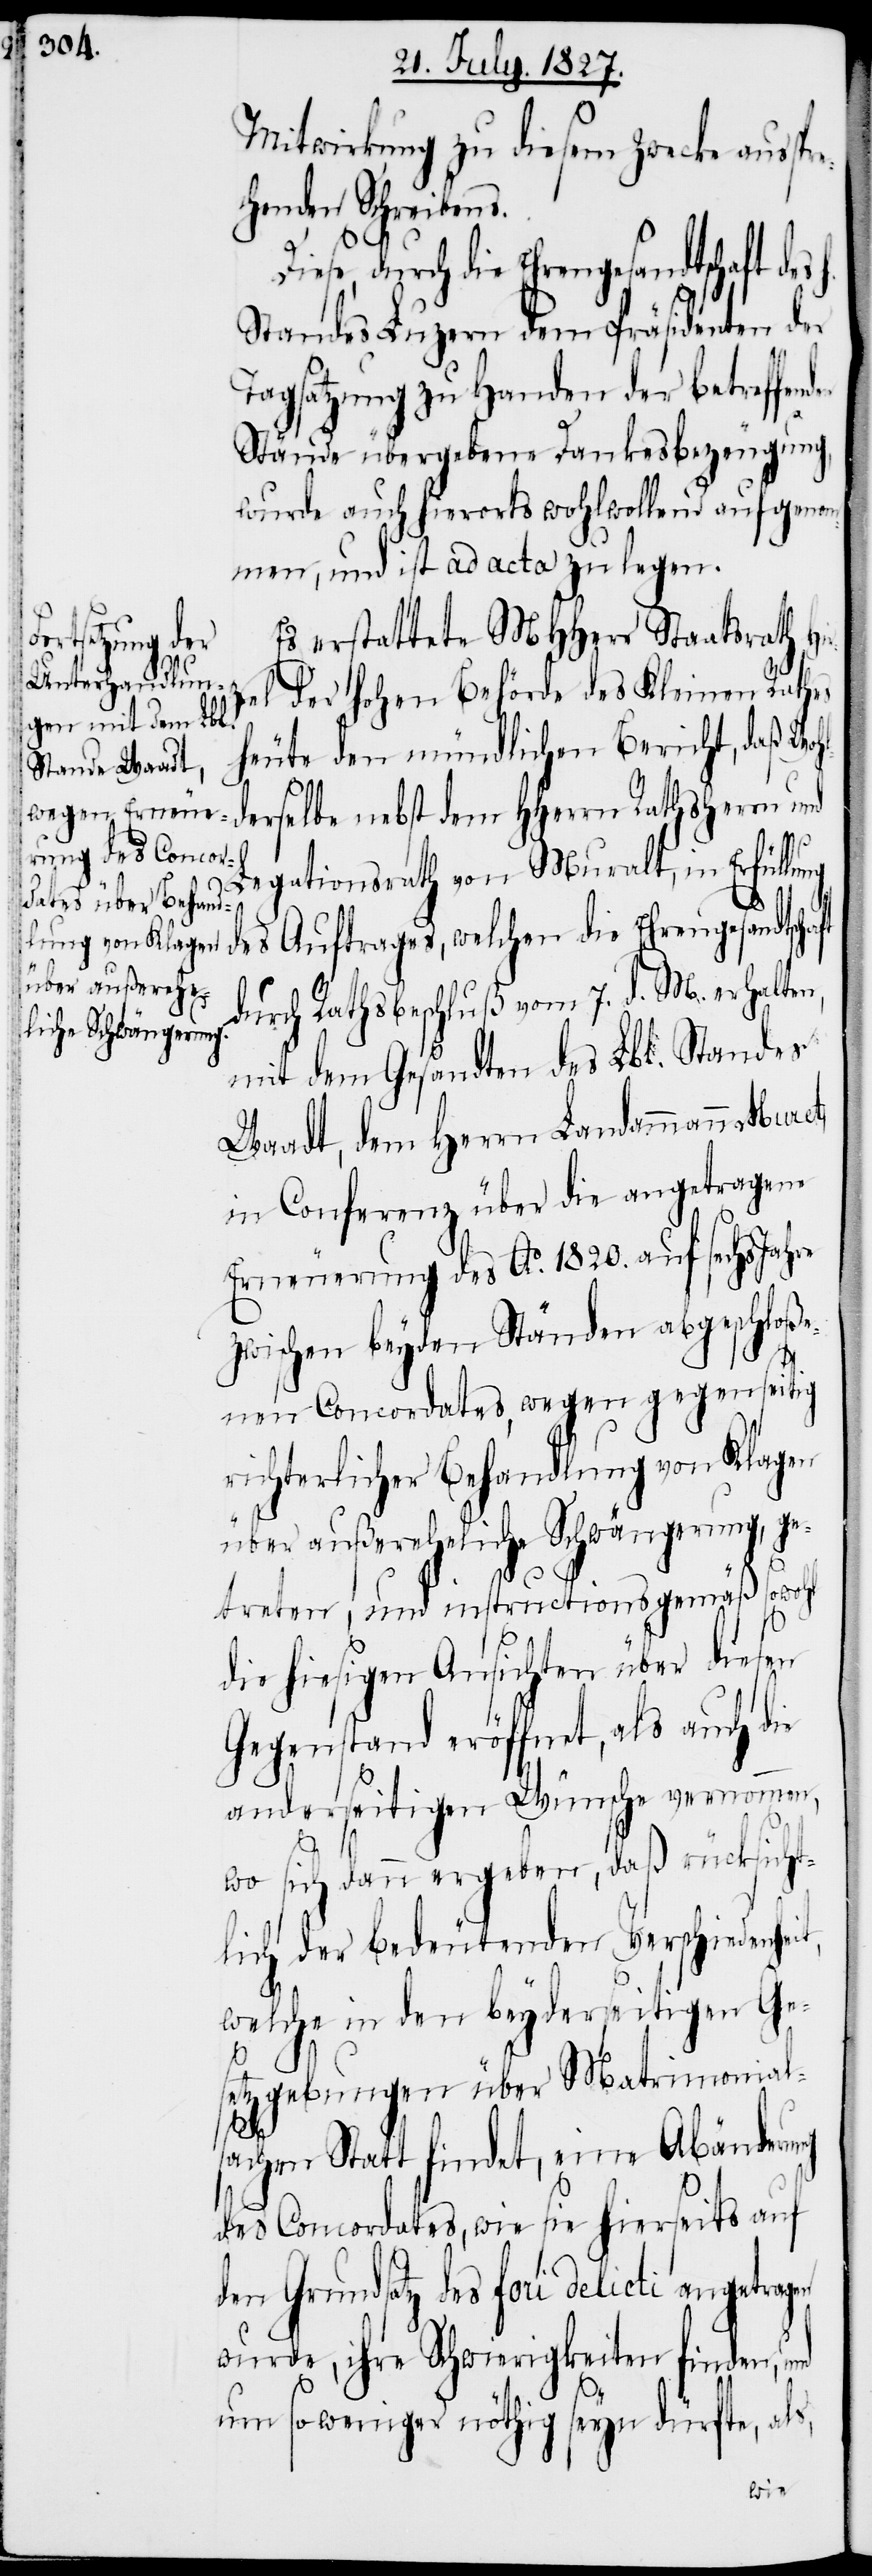
Mitwirkung zu diesem Zwecke auss¬
chenden Schreibens.
Diese durch die Ehrengesandtschaft des
Standes Luzern dem Präsidenten der
Tagsatzung zu Handen der betreffen¬
Stände übergebene Dankesbezeugung
wurde auch hierorts wohlwollend aufgenom¬
men, und ist ad acta zu legen.
Es erstattete MHHerr Staatsrath
zel der hohen Behörde des Kleinen Rathes
heute den mündlichen Bericht, daß Woh¬
derselbe nebst dem HHerrn Rathsherr und
nd
Legationsrath von Muralt, in Erfüllung
des Auftrages, welchen die Ehrengesandtscha¬
durch Rathsbeschluß vom 7. d. M. erhalten,
mit dem Gesandten des Lbl. Standes
Waadt, dem Herrn Landammann Muret,
in Conferenz über die angetragene
Erneuerung des Ao. 1820. auf sechs Jahre
zwischen beyden Ständen abgeschloße¬
t,
nen Concordates, wegen gegenseitig
richterlicher Behandlung von Klagen
über außereheliche Schwängerung, ge¬
treten, und instructionsgemäß sowohl
die hiesigen Ansichten über diesen
Gegenstand eröffnet, als auch die
anderseitigen Wünsche vernommen,
wo sich dann ergeben, das rücksicht¬
lich der bedeutenden Verschiedenhei¬
welche in den beyderseitigen Ge¬
setzgebungen über Matrimonial¬
sachen Statt findet, eine Abänderung
des Concordates, wie sie hierseits auf
den Grundsatz des fori delicti angetragen
wurde, ihre Schwierigkeiten finden, u¬
um so weniger nöthig seyn dürfte, als,
Hir¬